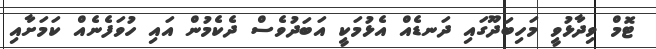
ޓޮމް ވިދާޅުވީ މަހިބަދޫގައި ދަނޑެއް އެޅުމަކީ އަބަދުވެސް ދެކެމުން އައި ހުވަފެނެއް ކަމަށާއި